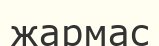
жармас